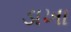
ડાખા